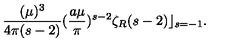
\frac { ( \mu ) ^ { 3 } } { 4 \pi ( s - 2 ) } ( \frac { a \mu } { \pi } ) ^ { s - 2 } { \zeta } _ { R } ( s - 2 ) \rfloor _ { s = - 1 } .